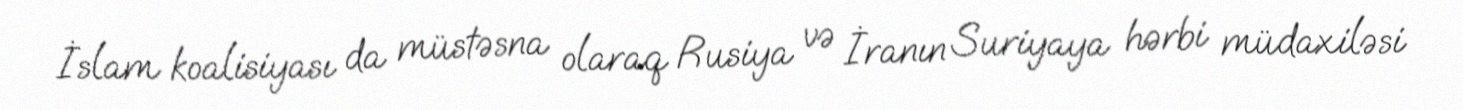
İslam koalisiyası da müstəsna olaraq Rusiya və İranın Suriyaya hərbi müdaxiləsi